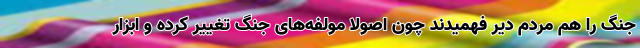
جنگ را هم مردم دیر فهمیدند چون اصولا مولفه‌های جنگ تغییر کرده و ابزار